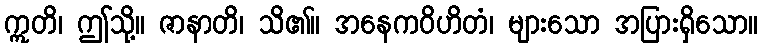
ဣတိ၊ ဤသို့။ ဇာနာတိ၊ သိ၏။ အနေကဝိဟိတံ၊ များသော အပြားရှိသော။